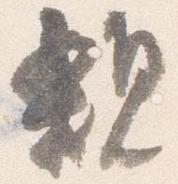
親